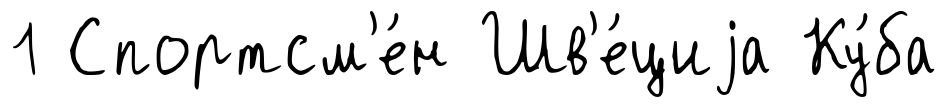
1 Спортсм'е́н Шв'е́циjа Ку́ба